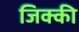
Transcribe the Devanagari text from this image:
जिक्की